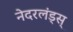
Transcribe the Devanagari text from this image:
नेदरलंड्स्